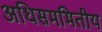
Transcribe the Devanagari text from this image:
अधिसममितीय